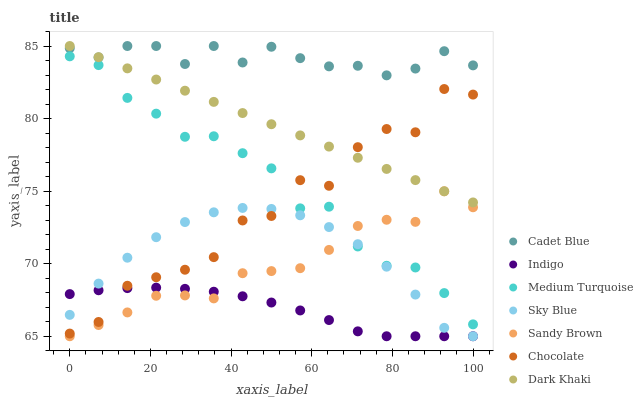
| xaxis_label | Cadet Blue | Indigo | Medium Turquoise | Sky Blue | Sandy Brown | Chocolate | Dark Khaki |
 | --- | --- | --- | --- | --- | --- | --- | --- |
 | 0 | 84.9 | 67.9 | 84.3 | 66.5 | 65 | 65.2 | 85 |
 | 7.14 | 84.2 | 68.2 | 83.7 | 68.6 | 65.8 | 66 | 84.2 |
 | 14.3 | 85 | 68.3 | 81.4 | 70.4 | 66.6 | 68.5 | 83.5 |
 | 21.4 | 85 | 68.4 | 80.3 | 71.8 | 67.8 | 69.1 | 82.7 |
 | 28.6 | 83.8 | 68.3 | 78.7 | 72.9 | 67.8 | 69.6 | 81.9 |
 | 35.7 | 85 | 68.1 | 78.8 | 73.5 | 67.6 | 70.5 | 81.2 |
 | 42.9 | 83.9 | 67.8 | 77.6 | 73.8 | 69.3 | 73 | 80.4 |
 | 50 | 84.9 | 67.3 | 76.6 | 73.8 | 69.5 | 73.3 | 79.6 |
 | 57.1 | 84.2 | 66.8 | 73.8 | 73.3 | 69.7 | 75.8 | 78.8 |
 | 64.3 | 83.6 | 66.1 | 73.9 | 72.5 | 70.9 | 75.4 | 78.1 |
 | 71.4 | 83.6 | 65.3 | 71.2 | 71.3 | 72.6 | 78 | 77.3 |
 | 78.6 | 83 | 65 | 69.9 | 69.8 | 73 | 79.3 | 76.5 |
 | 85.7 | 83.4 | 65 | 69.7 | 67.9 | 72.9 | 79.1 | 75.8 |
 | 92.9 | 84.6 | 65 | 68 | 65.6 | 75 | 82 | 75 |
 | 100 | 83.7 | 65 | 65.8 | 65 | 73.9 | 81.7 | 74.2 |